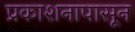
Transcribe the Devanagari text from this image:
प्रकाशनापासून